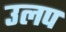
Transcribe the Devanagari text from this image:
उलप